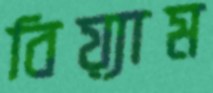
বিয়্যাম